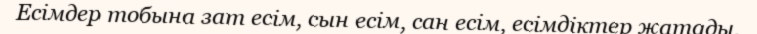
Есімдер тобына зат есім, сын есім, сан есім, есімдіктер жатады.